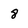
Character: 8